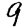
Digit: 9